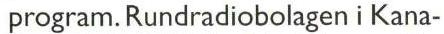
 program. Rundradiobolagen i Kana-